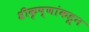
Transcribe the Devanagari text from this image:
श्रीकृष्णांकडून